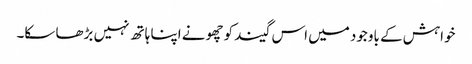
خواہش کے باوجود میں اس گیند کو چھونے اپنا ہاتھ نہیں بڑھا سکا۔